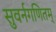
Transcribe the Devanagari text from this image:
सुवर्नगणितम्